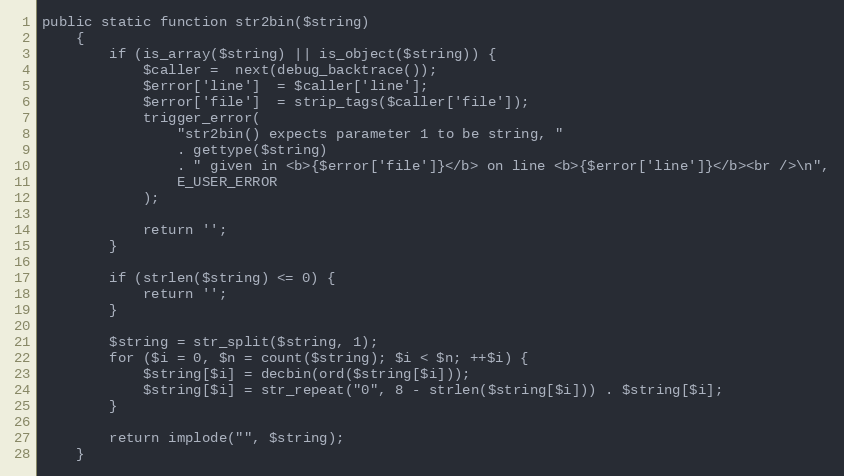
Language: PHP
public static function str2bin($string)
    {
        if (is_array($string) || is_object($string)) {
            $caller =  next(debug_backtrace());
            $error['line']  = $caller['line'];
            $error['file']  = strip_tags($caller['file']);
            trigger_error(
                "str2bin() expects parameter 1 to be string, "
                . gettype($string)
                . " given in <b>{$error['file']}</b> on line <b>{$error['line']}</b><br />\n",
                E_USER_ERROR
            );

            return '';
        }

        if (strlen($string) <= 0) {
            return '';
        }

        $string = str_split($string, 1);
        for ($i = 0, $n = count($string); $i < $n; ++$i) {
            $string[$i] = decbin(ord($string[$i]));
            $string[$i] = str_repeat("0", 8 - strlen($string[$i])) . $string[$i];
        }

        return implode("", $string);
    }